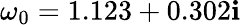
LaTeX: \omega_{0}=1.123+0.302\mathbf{i}